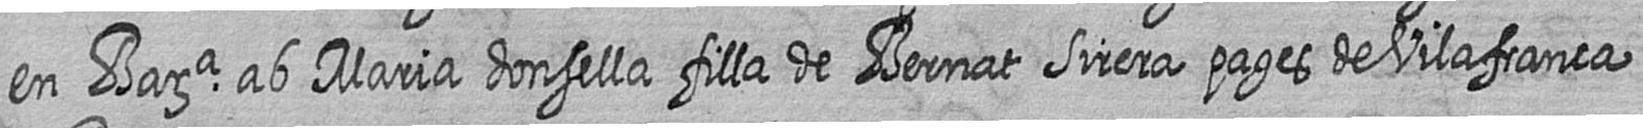
en Bara ab Maria donsella filla de Bernat Sirera pages de Vilafranca